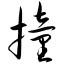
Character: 撞